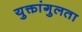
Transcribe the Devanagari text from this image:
युक्तांगुलता